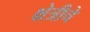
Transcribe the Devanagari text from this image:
क्षेत्रीचे